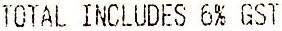
TOTAL INCLUDES 6% GST